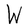
Character: W